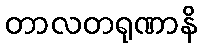
တာလတရုဏာနိ